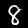
Label: 8